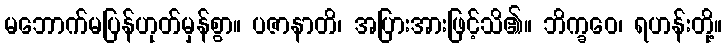
မဘောက်မပြန်ဟုတ်မှန်စွာ။ ပဇာနာတိ၊ အပြားအားဖြင့်သိ၏။ ဘိက္ခဝေ၊ ရဟန်းတို့။